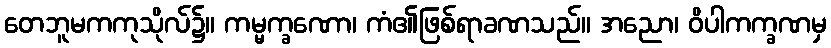
တေဘူမကကုသိုလ်၌။ ကမ္မက္ခဏော၊ ကံ၏ဖြစ်ရာခဏသည်။ အညော၊ ဝိပါကက္ခဏမှ